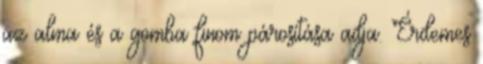
az alma és a gomba finom párosítása adja. Érdemes